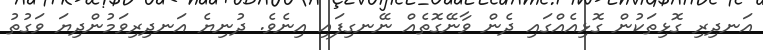
އަނދިރި ގޮޅިތަކުން ގޮޅިއެއްގައި ދެން ވާނޭގޮތެއް ނޭނގިފައި އިނެވެ. ދުނިޔެ އަނދިރިވަމުންދިޔަ ވަގުތު